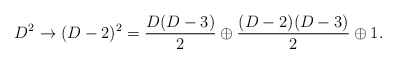
\begin{align*}D^2 \rightarrow (D-2)^2 = {D(D-3)\over 2} \oplus {(D-2)(D-3)\over 2} \oplus 1 .\end{align*}